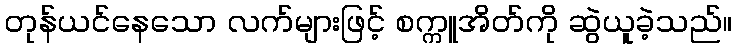
တုန်ယင်နေသော လက်များဖြင့် စက္ကူအိတ်ကို ဆွဲယူခဲ့သည်။